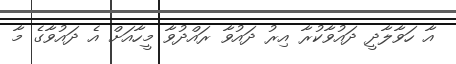
އާ ހަވާލާދީ ދައުވާކުރާ އިރު ދައުވާ ރައްދުވާ މީހާއަށް އެ ދައުވާގެ މާ